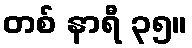
တစ် နာရီ ၃၅။